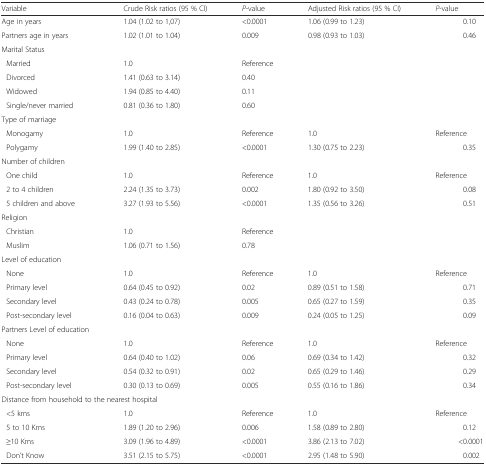
<table><thead><tr><td><b>Variable</b></td><td><b>Crude Risk ratios (95 % CI)</b></td><td><b><i>P</i>-value</b></td><td><b>Adjusted Risk ratios (95 % CI)</b></td><td><b><i>P</i>-value</b></td></tr></thead><tbody><tr><td>Age in years</td><td>1.04 (1.02 to 1,07)</td><td>&lt;0.0001</td><td>1.06 (0.99 to 1.23)</td><td>0.10</td></tr><tr><td>Partners age in years</td><td>1.02 (1.01 to 1.04)</td><td>0.009</td><td>0.98 (0.93 to 1.03)</td><td>0.46</td></tr><tr><td>Marital Status</td><td></td><td></td><td></td><td></td></tr><tr><td>Married</td><td>1.0</td><td>Reference</td><td></td><td></td></tr><tr><td>Divorced</td><td>1.41 (0.63 to 3.14)</td><td>0.40</td><td></td><td></td></tr><tr><td>Widowed</td><td>1.94 (0.85 to 4.40)</td><td>0.11</td><td></td><td></td></tr><tr><td>Single/never married</td><td>0.81 (0.36 to 1.80)</td><td>0.60</td><td></td><td></td></tr><tr><td>Type of marriage</td><td></td><td></td><td></td><td></td></tr><tr><td>Monogamy</td><td>1.0</td><td>Reference</td><td>1.0</td><td>Reference</td></tr><tr><td>Polygamy</td><td>1.99 (1.40 to 2.85)</td><td>&lt;0.0001</td><td>1.30 (0.75 to 2.23)</td><td>0.35</td></tr><tr><td>Number of children</td><td></td><td></td><td></td><td></td></tr><tr><td>One child</td><td>1.0</td><td>Reference</td><td>1.0</td><td>Reference</td></tr><tr><td>2 to 4 children</td><td>2.24 (1.35 to 3.73)</td><td>0.002</td><td>1.80 (0.92 to 3.50)</td><td>0.08</td></tr><tr><td>5 children and above</td><td>3.27 (1.93 to 5.56)</td><td>&lt;0.0001</td><td>1.35 (0.56 to 3.26)</td><td>0.51</td></tr><tr><td>Religion</td><td></td><td></td><td></td><td></td></tr><tr><td>Christian</td><td>1.0</td><td>Reference</td><td></td><td></td></tr><tr><td>Muslim</td><td>1.06 (0.71 to 1.56)</td><td>0.78</td><td></td><td></td></tr><tr><td>Level of education</td><td></td><td></td><td></td><td></td></tr><tr><td>None</td><td>1.0</td><td>Reference</td><td>1.0</td><td>Reference</td></tr><tr><td>Primary level</td><td>0.64 (0.45 to 0.92)</td><td>0.02</td><td>0.89 (0.51 to 1.58)</td><td>0.71</td></tr><tr><td>Secondary level</td><td>0.43 (0.24 to 0.78)</td><td>0.005</td><td>0.65 (0.27 to 1.59)</td><td>0.35</td></tr><tr><td>Post-secondary level</td><td>0.16 (0.04 to 0.63)</td><td>0.009</td><td>0.24 (0.05 to 1.25)</td><td>0.09</td></tr><tr><td>Partners Level of education</td><td></td><td></td><td></td><td></td></tr><tr><td>None</td><td>1.0</td><td>Reference</td><td>1.0</td><td>Reference</td></tr><tr><td>Primary level</td><td>0.64 (0.40 to 1.02)</td><td>0.06</td><td>0.69 (0.34 to 1.42)</td><td>0.32</td></tr><tr><td>Secondary level</td><td>0.54 (0.32 to 0.91)</td><td>0.02</td><td>0.65 (0.29 to 1.46)</td><td>0.29</td></tr><tr><td>Post-secondary level</td><td>0.30 (0.13 to 0.69)</td><td>0.005</td><td>0.55 (0.16 to 1.86)</td><td>0.34</td></tr><tr><td colspan="2">Distance from household to the nearest hospital</td><td></td><td></td><td></td></tr><tr><td>&lt;5 kms</td><td>1.0</td><td>Reference</td><td>1.0</td><td>Reference</td></tr><tr><td>5 to 10 Kms</td><td>1.89 (1.20 to 2.96)</td><td>0.006</td><td>1.58 (0.89 to 2.80)</td><td>0.12</td></tr><tr><td>≥10 Kms</td><td>3.09 (1.96 to 4.89)</td><td>&lt;0.0001</td><td>3.86 (2.13 to 7.02)</td><td>&lt;0.0001</td></tr><tr><td>Don’t Know</td><td>3.51 (2.15 to 5.75)</td><td>&lt;0.0001</td><td>2.95 (1.48 to 5.90)</td><td>0.002</td></tr></tbody></table>